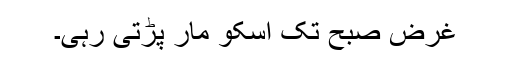
غرض صبح تک اسکو مار پڑتی رہی۔